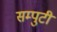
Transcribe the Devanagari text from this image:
सम्पुटी